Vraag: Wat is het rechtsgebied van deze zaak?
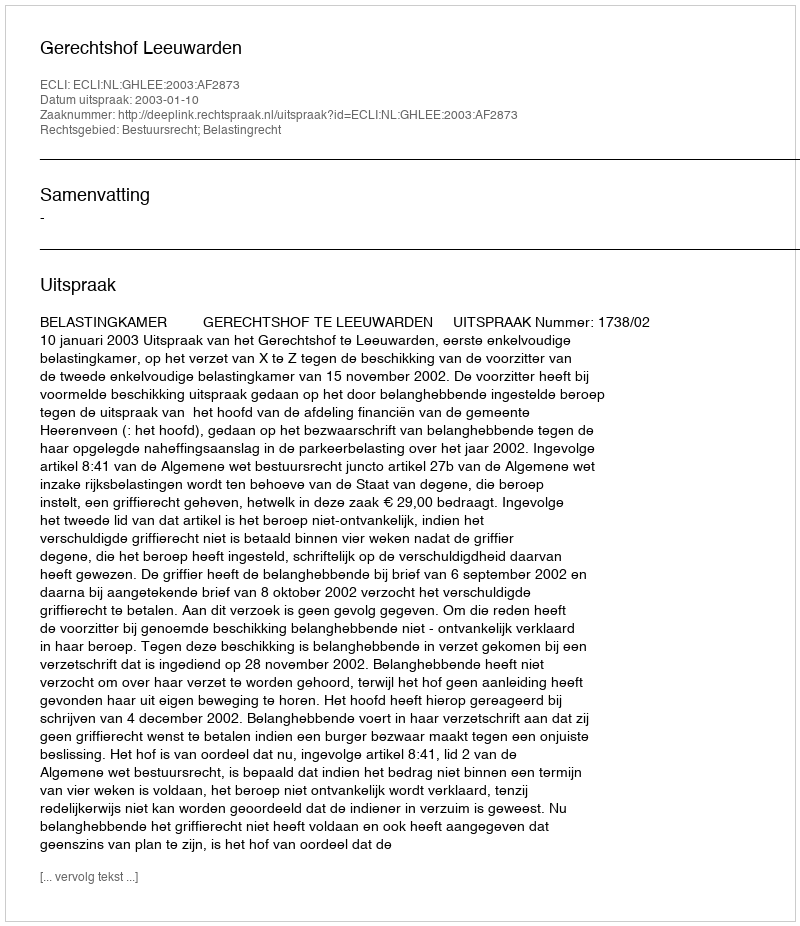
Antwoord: Bestuursrecht; Belastingrecht